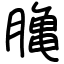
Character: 𪚲